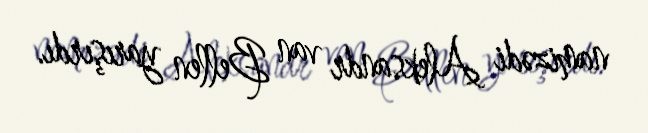
namizədi Aleksandr van Bellen yarışırdı.